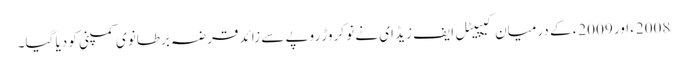
2008ء اور 2009ء کے درمیان کیپیٹل ایف زیڈ ای نے نو کروڑ روپے سے زائد قرضہ برطانوی کمپنی کو دیا گیا۔